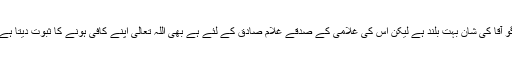
گو آقا کی شان بہت بلند ہے لیکن اس کی غلامی کے صدقے غلام صادق کے لئے ہے بھی اللہ تعالیٰ اپنے کافی ہونے کا ثبوت دیتا ہے۔